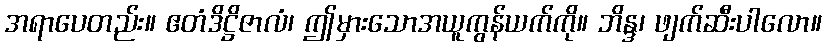
အရာပေတည်း။ ဧတံဒိဋ္ဌိဇာလံ၊ ဤမှားသောအယူကွန်ယက်ကို။ ဘိန္ဒ၊ ဖျက်ဆီးပါလော။